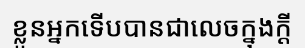
ខ្លួនអ្នកទើបបានជាលេចក្នុងក្តី